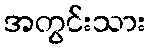
အတွင်းသား